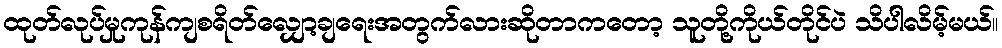
ထုတ်လုပ်မှုကုန်ကျစရိတ်လျှော့ချရေးအတွက်လားဆိုတာကတော့ သူတို့ကိုယ်တိုင်ပဲ သိပါလိမ့်မယ်။